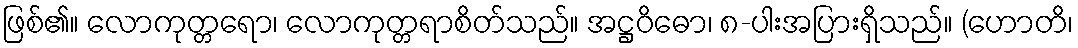
ဖြစ်၏။ လောကုတ္တရော၊ လောကုတ္တရာစိတ်သည်။ အဋ္ဌဝိဓော၊ ၈-ပါးအပြားရှိသည်။ (ဟောတိ၊